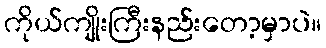
ကိုယ်ကျိုးကြီးနည်းတော့မှာပဲ။